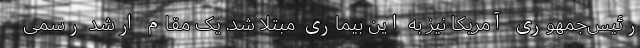
رئیس‌جمهوری آمریکا نیز به این بیماری مبتلا شد. یک مقام ارشد رسمی